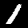
Digit: 1